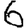
Digit: 6